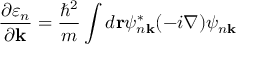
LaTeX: { \frac { \partial \varepsilon _ { n } } { \partial \mathbf { k } } } = { \frac { \hbar ^ { 2 } } { m } } \int d \mathbf { r } \psi _ { n \mathbf { k } } ^ { * } ( - i \nabla ) \psi _ { n \mathbf { k } }